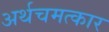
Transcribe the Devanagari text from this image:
अर्थचमत्कार